Problem: 45 + 34 = ?
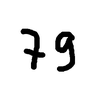
Handwritten answer: 79